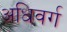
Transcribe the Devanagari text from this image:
अधिवर्ग